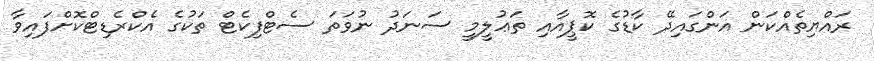
ރައްޔިތެއްކަން އަންގައިދޭ ކާޑުގެ ކޮޕީއާއި ތަޢުލީމީ ސަނަދު ނުވަތަ ސެޓްފިކެޓް ތަކުގެ އެކްރެޑިޓްކޮށްފައިވާ